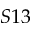
S 1 3